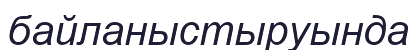
байланыстыруында